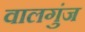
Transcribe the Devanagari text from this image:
वालगुंज